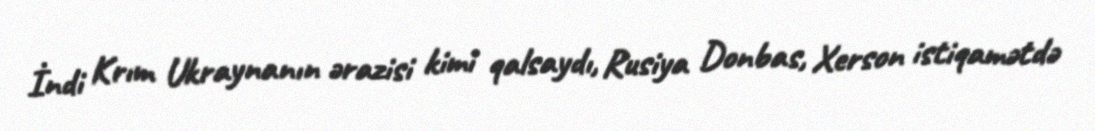
İndi Krım Ukraynanın ərazisi kimi qalsaydı, Rusiya Donbas, Xerson istiqamətdə